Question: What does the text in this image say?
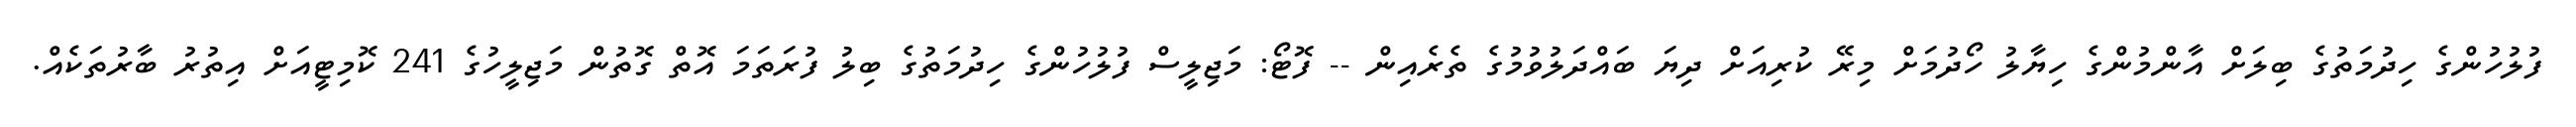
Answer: ފުލުހުންގެ ހިދުމަތުގެ ބިލަށް އާންމުންގެ ހިޔާލު ހޯދުމަށް މިރޭ ކުރިއަށް ދިޔަ ބައްދަލުވުމުގެ ތެރެއިން -- ފޮޓޯ: މަޖިލީސް ފުލުހުންގެ ހިދުމަތުގެ ބިލު ފުރަތަމަ އޮތް ގޮތުން މަޖިލީހުގެ 241 ކޮމިޓީއަށް އިތުރު ބާރުތަކެއް.